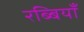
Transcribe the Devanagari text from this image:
रब्बियाँ